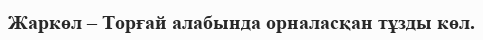
Жаркөл – Торғай алабында орналасқан тұзды көл.